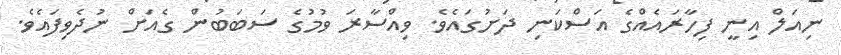
ނިއަލް އިނީ ފިހާރައެއްގެ އަސްކަނި ދަށުގައެވެ. ވިއްސާރަ ވުމުގެ ސަބަބުން ގެއަށް ނުދެވިފައެވެ.